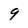
Character: 9